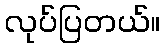
လုပ်ပြတယ်။